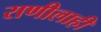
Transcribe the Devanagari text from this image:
राणीलाही